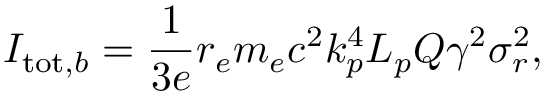
I _ { \mathrm { t o t } , b } = \frac { 1 } { 3 e } r _ { e } m _ { e } c ^ { 2 } k _ { p } ^ { 4 } L _ { p } Q \gamma ^ { 2 } \sigma _ { r } ^ { 2 } ,